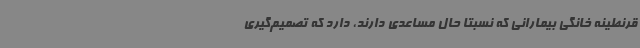
قرنطینه خانگی بیمارانی که نسبتا حال مساعدی دارند، دارد که تصمیم‌گیری